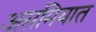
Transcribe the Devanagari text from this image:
असमियात